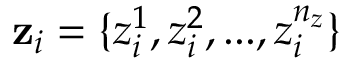
\mathbf { z } _ { i } = \{ z _ { i } ^ { 1 } , z _ { i } ^ { 2 } , . . . , z _ { i } ^ { n _ { z } } \}